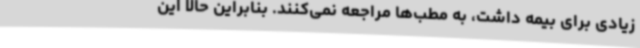
زیادی برای بیمه داشت، به مطب‌ها مراجعه نمی‌کنند. بنابراین حالا این